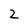
Character: 2